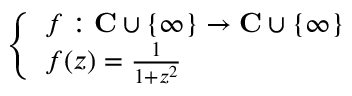
\left\{ \begin{array} { l l } { f : \mathbf { C } \cup \{ \infty \} \to \mathbf { C } \cup \{ \infty \} } \\ { f ( z ) = { \frac { 1 } { 1 + z ^ { 2 } } } } \end{array} \right.